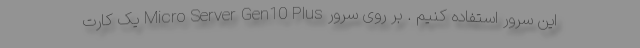
این سرور استفاده کنیم . بر روی سرور Micro Server Gen10 Plus یک کارت